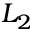
L _ { 2 }